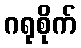
ဂရုစိုက်